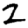
Digit: 2